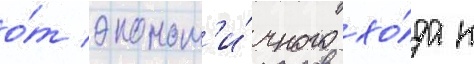
о́т эконом'и́чного хо́да к